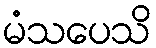
မံသပေသိ